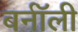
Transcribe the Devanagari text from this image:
बर्नॉली